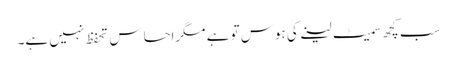
سب کچھ سمیٹ لینے کی ہوس تو ہے مگراحساس ِ تحفظ نہیں ہے۔